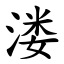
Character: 溇